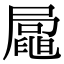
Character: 𡳟